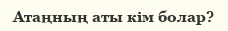
Атаңның аты кім болар?